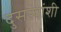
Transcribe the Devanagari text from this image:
दुसऱ्यांशी